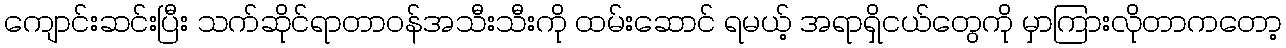
ကျောင်းဆင်းပြီး သက်ဆိုင်ရာတာဝန်အသီးသီးကို ထမ်းဆောင် ရမယ့် အရာရှိငယ်တွေကို မှာကြားလိုတာကတော့